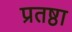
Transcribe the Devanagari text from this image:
प्रतष्ठा